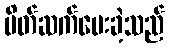
မိတ်ဆက်ပေးခဲ့သည်